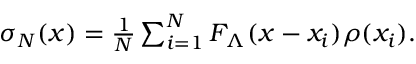
\begin{array} { r } { \sigma _ { N } ( x ) = \frac { 1 } { N } \sum _ { i = 1 } ^ { N } F _ { \Lambda } ( x - x _ { i } ) \rho ( x _ { i } ) . } \end{array}